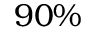
9 0 \%